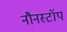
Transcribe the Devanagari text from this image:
नौनस्टॉप